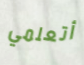
أتعلمي